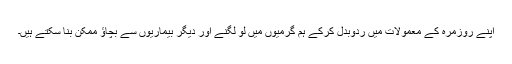
اپنے روزمرہ کے معمولات میں ردوبدل کرکے ہم گرمیوں میں لو لگنے اور دیگر بیماریوں سے بچاؤ ممکن بنا سکتے ہیں۔